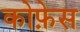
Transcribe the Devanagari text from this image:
कोफ़ेस